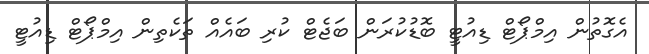
އެގޮތުން އިމްޕޯޓް ޑިއުޓީ ބޮޑުކުރަން ބަޖެޓް ކުރި ބައެއް ތަކެތިން އިމްޕޯޓް ޑިއުޓީ